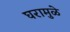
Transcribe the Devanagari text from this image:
घरामुळे